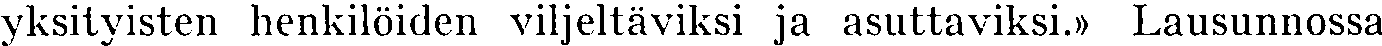
yksityisten henkilöiden viljeltäviksi ja asuttaviksi.» Lausunnossa